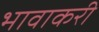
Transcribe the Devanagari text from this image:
भावाकरी